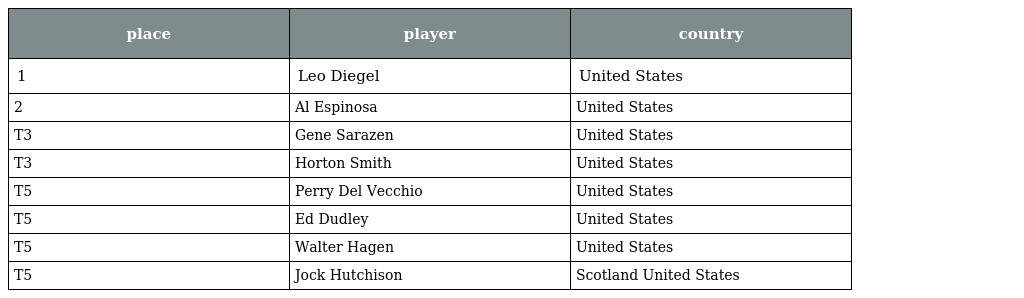
| place | player | country |
 | --- | --- | --- |
 | 1 | Leo Diegel | United States |
 | 2 | Al Espinosa | United States |
 | T3 | Gene Sarazen | United States |
 | T3 | Horton Smith | United States |
 | T5 | Perry Del Vecchio | United States |
 | T5 | Ed Dudley | United States |
 | T5 | Walter Hagen | United States |
 | T5 | Jock Hutchison | Scotland United States |